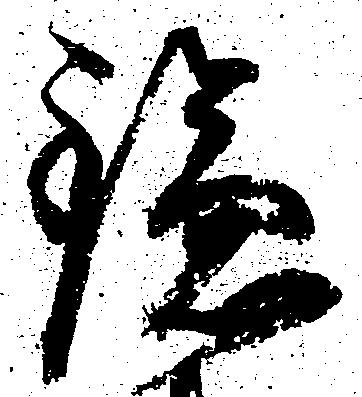
鎌